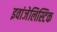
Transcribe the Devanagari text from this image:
इवांजेलिस्टिक